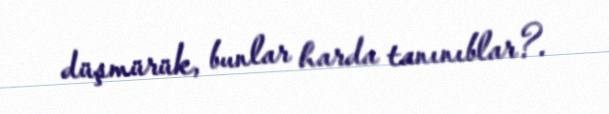
düşmürük, bunlar harda tanınıblar?.